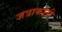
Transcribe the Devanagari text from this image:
जत्राकाठी